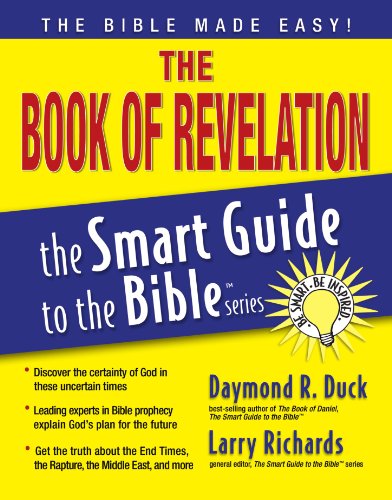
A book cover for The Book of Revelation (The Smart Guide to the Bible Series); Reference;